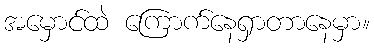
အမှောင်ထဲ ကြောက်နေရှာတာနေမှာ။